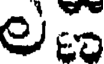
ల